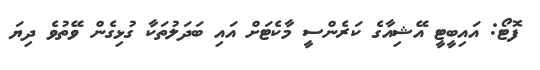
ފޮޓޯ: އައިބީޓީ އޭޝިއާގެ ކަރެންސީ މާކެޓަށް އައި ބަދަލުތަކާ ގުޅިގެން ވޭތުވެ ދިޔަ